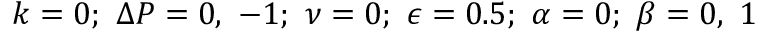
k = 0 ; ~ \Delta P = 0 , ~ - 1 ; ~ \nu = 0 ; ~ \epsilon = 0 . 5 ; ~ \alpha = 0 ; ~ \beta = 0 , ~ 1